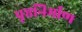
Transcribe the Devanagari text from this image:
पृष्ठनिर्माण